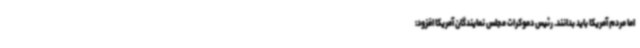
اما مردم آمریکا باید بدانند. رئیس دموکرات مجلس نمایندگان آمریکا افزود: